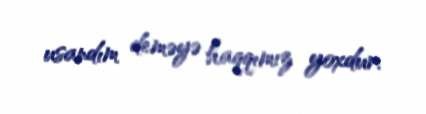
usandım deməyə haqqımız yoxdur.